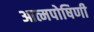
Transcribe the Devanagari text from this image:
आत्मपोषिणी